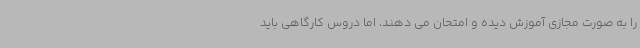
را به صورت مجازی آموزش دیده و امتحان می دهند، اما دروس کارگاهی باید